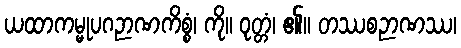
ယထာကမ္မုပဂဉာဏကိစ္စံ၊ ကို။ ဝုတ္တံ၊ ၏။ တဿစဉာဏဿ၊